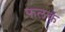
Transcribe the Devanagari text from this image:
फलकं